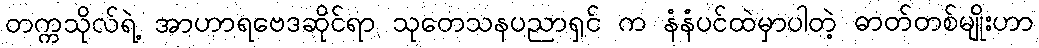
တက္ကသိုလ်ရဲ့ အာဟာရဗေဒဆိုင်ရာ သုတေသနပညာရှင် က နံနံပင်ထဲမှာပါတဲ့ ဓာတ်တစ်မျိုးဟာ